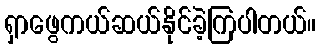
ရှာဖွေကယ်ဆယ်နိုင်ခဲ့ကြပါတယ်။